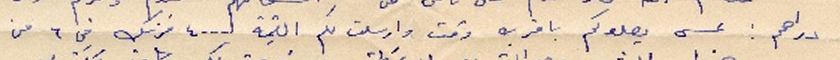
دراهم: عسى يصلوكم باقرب وقت وارسلت لكم القيمة ٤٠٠٠ فرنك في ٦ من